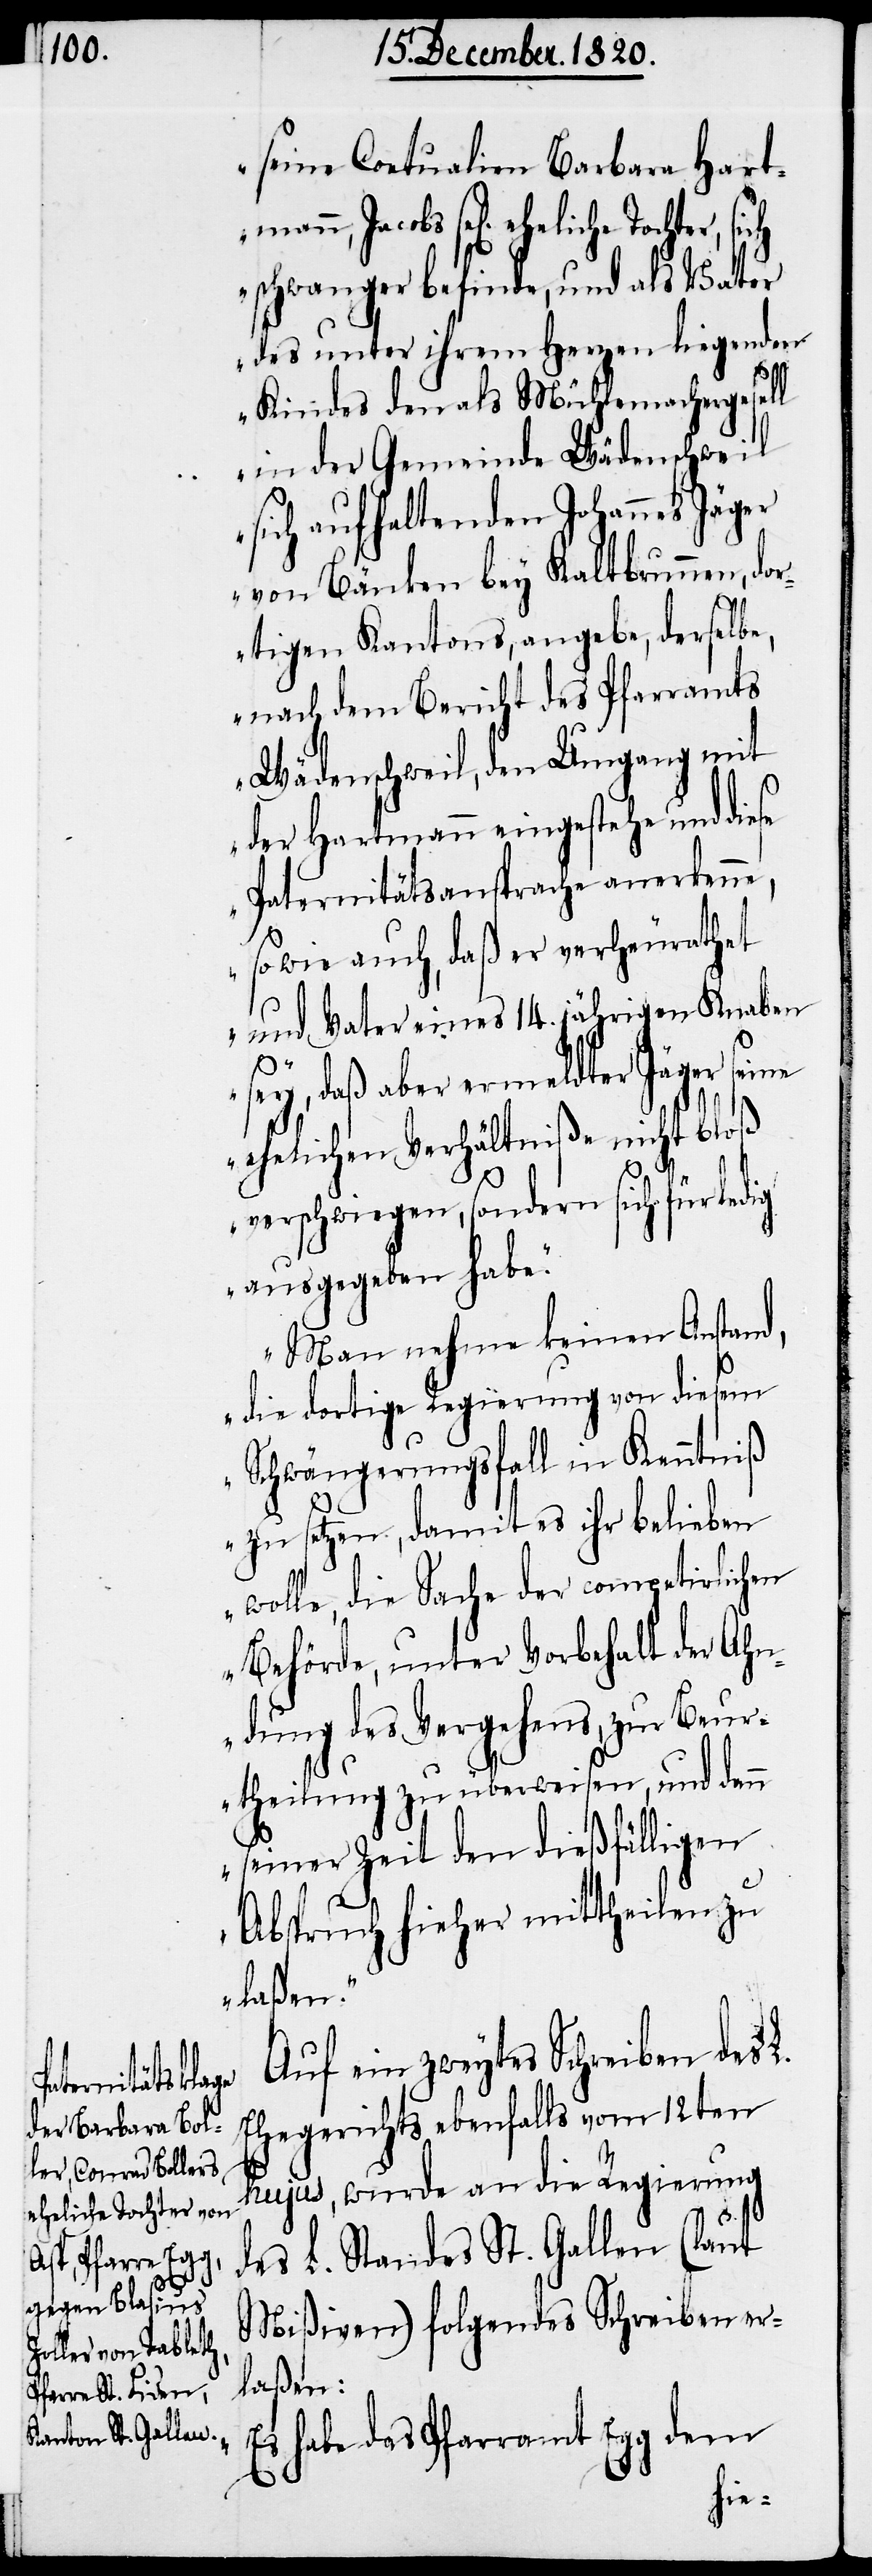
15. December. 1820.
schwanger befinde, und als Vater
des unter ihrem Herzen liegenden
Kindes den als Mühlemachergesell
in der Gemeinde Wädenschweil
sich aufhaltenden Johannes Jäger
von Bänken bey Kaltbrunnen, do¬
rtigen Kantons, angebe, derselbe,
nach dem Bericht des Pfarramts
Wädenschweil, den Umgang mit
der Hartmann eingestehe und diese
Paternitätsansprache anerkenne,
sowie auch, daß er verheurathet
und Vater eines 14. jährigen Knaben
sey, daß aber ermeldter Jäger, seine
ehelichen Verhältniße nicht bloß
verschwiegen, sondern sich für
ausgegeben habe.
Man nehme keinen Anstand,
die dortige Regierung von diesem
Schwängerungsfall in Kenntniß
zu setzen, damit es ihr belieben
wolle, die Sache der competirlichen
Behörde, unter Vorbehalt der Ahn¬
dung des Vergehens, zur Beu¬
rtheilung zu überweisen, und dann
seiner Zeit den dießfälligen
Abspruch hieher mittheilen zu
laßen.“
Auf ein zweytes Schreiben des L.
germeisters
Ehegerichts ebenfalls vom 12ten
hujus, wurde an die Regierung
eheliche Tochter, sich
des L. Standes St. Gallen (laut
Mißiven) folgendes Schreiben er¬
laßen:
„Es habe das Pfarramt Egg dem